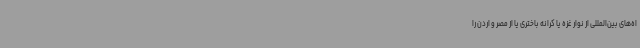
اه‌های بین‌المللی از نوار غزه یا کرانه باختری یا از مصر و اردن را